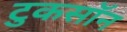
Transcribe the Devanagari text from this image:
टुकसॉन